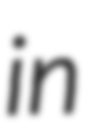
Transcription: in